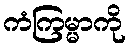
ကံကြမ္မာကို